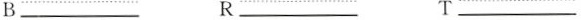
B ___ R ___ T ___